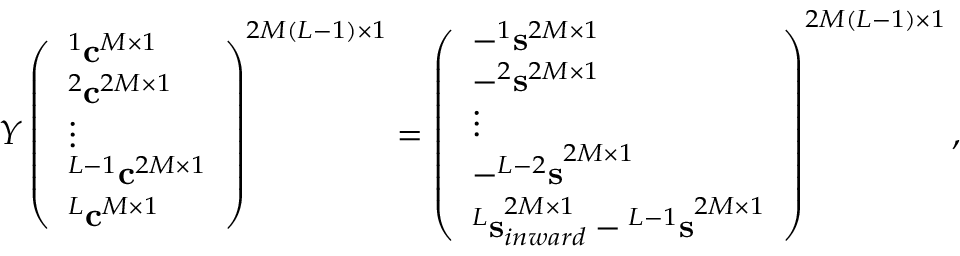
\begin{array} { r } { { \cal Y } \left( \begin{array} { l } { ^ 1 { \bf c } ^ { M \times 1 } } \\ { ^ 2 { \bf c } ^ { 2 M \times 1 } } \\ { \vdots } \\ { ^ { L - 1 } { \bf c } ^ { 2 M \times 1 } } \\ { ^ { L } { \bf c } ^ { M \times 1 } } \end{array} \right) ^ { 2 M ( L - 1 ) \times 1 } = \left( \begin{array} { l } { - ^ { 1 } { \bf s } ^ { 2 M \times 1 } } \\ { - ^ { 2 } { \bf s } ^ { 2 M \times 1 } } \\ { \vdots } \\ { - { ^ { L - 2 } { \bf s } } ^ { 2 M \times 1 } } \\ { { ^ L { \bf s } } _ { i n w a r d } ^ { 2 M \times 1 } - { ^ { L - 1 } { \bf s } } ^ { 2 M \times 1 } } \end{array} \right) ^ { 2 M ( L - 1 ) \times 1 } , } \end{array}